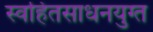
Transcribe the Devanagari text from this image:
स्वहितसाधनयुग्त